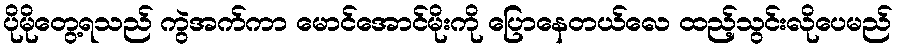
ပိုမိုတွေ့ရသည် ကွဲအက်ကာ မောင်အောင်မိုးကို ပြောနေတယ်လေ ထည့်သွင်းလိုပေမည်